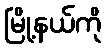
မြို့နယ်ကို